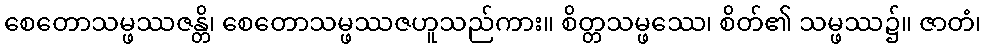
စေတောသမ္ဖဿဇန္တိ၊ စေတောသမ္ဖဿဇဟူသည်ကား။ စိတ္တသမ္ဖဿေ၊ စိတ်၏ သမ္ဖဿ၌။ ဇာတံ၊